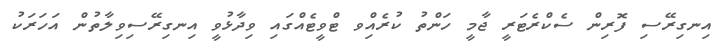
އިނގިރޭސި ފޮރިން ސެކްރެޓަރީ ޖާމީ ހަންތު ކުރެއްިވ ޓްވީޓެއްގައި ވިދާޅުވީ އިނގިރޭސިވިލާތުން އަހަރަކު